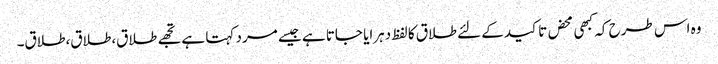
وہ اس طرح کہ کبھی محض تاکید کے لئے طلاق کا لفظ دہرایا جاتا ہے جیسے مرد کہتا ہے تجھے طلاق،طلاق،طلاق۔